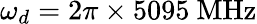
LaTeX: \omega_{d}=2\pi\times 5095~\mathrm{MHz}